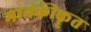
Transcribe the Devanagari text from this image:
मानकीकॄत